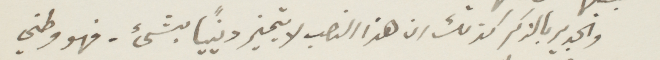
والجدير بالذكر كذلك ان هذا النصب لا يتميز دينيًا بشيء - فهو وطني